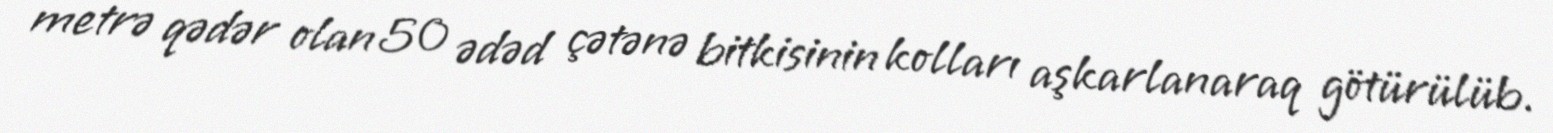
metrə qədər olan 50 ədəd çətənə bitkisinin kolları aşkarlanaraq götürülüb.